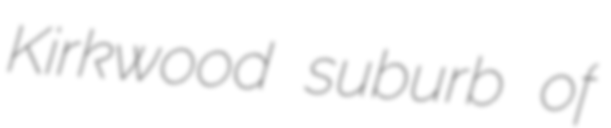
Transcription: Kirkwood suburb of